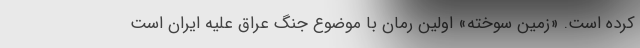
کرده است. «زمین سوخته» اولین رمان با موضوع جنگ عراق علیه ایران است